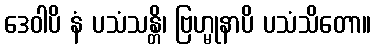
ဒေဝါပိ နံ ပသံသန္တိ၊ ဗြဟ္မုနာပိ ပသံသိတော။